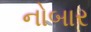
નોબાર